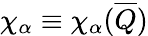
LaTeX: \chi_{\alpha}\equiv\chi_{\alpha}(\overline{{{Q}}})